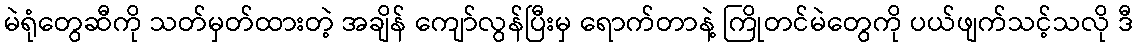
မဲရုံတွေဆီကို သတ်မှတ်ထားတဲ့ အချိန် ကျော်လွန်ပြီးမှ ရောက်တာနဲ့ ကြိုတင်မဲတွေကို ပယ်ဖျက်သင့်သလို ဒီ